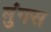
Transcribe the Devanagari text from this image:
मुंगस